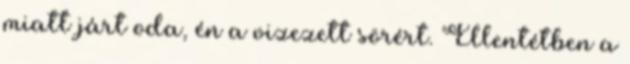
miatt járt oda, én a vizezett sörért. Ellentétben a